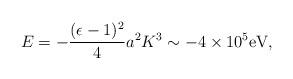
LaTeX: \begin{align*}E=-{(\epsilon-1)^2\over 4}a^2K^3\sim-4\times10^5\mbox{eV},\end{align*}